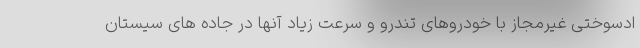
ادسوختی غیرمجاز با خودروهای تندرو و سرعت زیاد آنها در جاده های سیستان